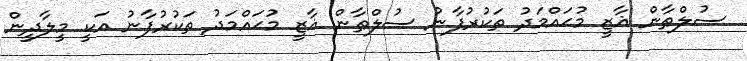
ސުލްޠާން ޣާޒީ މުޙައްމަދު ތަކުރުފާނު ސުލްޠާން ޣާޒީ މުޙައްމަދު ތަކުރުފާނު އަކީ މީލާދީން